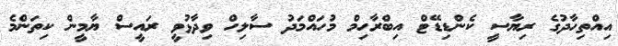
އިއްތިހާދުގެ ރިޔާސީ ކެންޑިޑޭޓް އިބްރާހިމް މުހައްމަދު ސާލިހް ވިދާޅުވީ ރައީސް ޔާމީން ކިތަންމެ